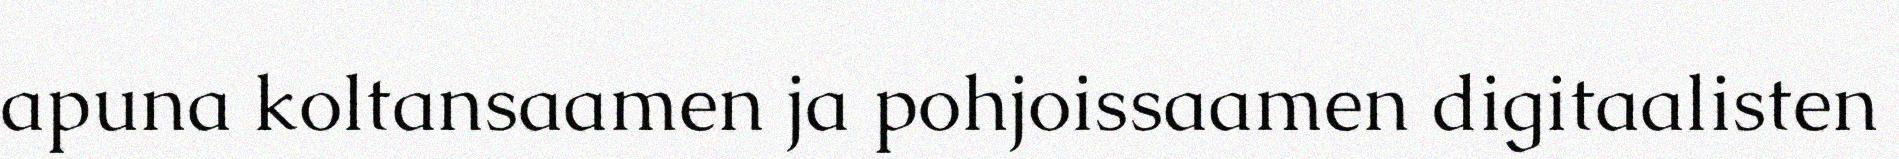
apuna koltansaamen ja pohjoissaamen digitaalisten